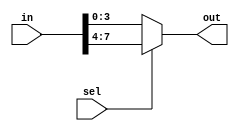
module mux20x4(out,in,sel);
  output [3:0] out;
  input [7:0] in;
  input sel;
assign out = sel? in[7:4] : in[3:0];
endmodule // mux20x3

// module top();
//   reg [19:0] a;
//   reg [1:0] b;
//   wire [3:0] out;

//   // 2. Instantiate the design and connect to testbench variables
//   mux20x4 m1(out,a,b);
//   // 3. Provide stimulus to test the design
//    initial begin
//       a <= 0;
//       b <= 0;
      
      
//       $monitor ("a=%b b=%b out=%b", a, b, out);

//     // Use a for loop to apply random values to the input
//       // for (i = 0; i < 5; i = i+1) begin
//          #10 a <= 20'b10101101111100000000;
//              b <= 1;    
//       // end
//    end

// endmodule